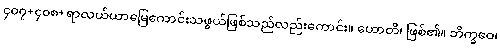
၄၀၇+၄၀၈+ရာလယ်ယာမြေကောင်းသဖွယ်ဖြစ်သည်လည်းကောင်း။ ဟောတိ၊ ဖြစ်၏။ ဘိက္ခဝေ၊